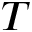
T